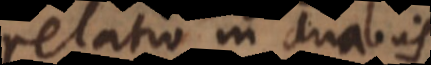
relatio in duabus